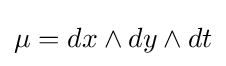
\mu =dx\wedge dy\wedge dt